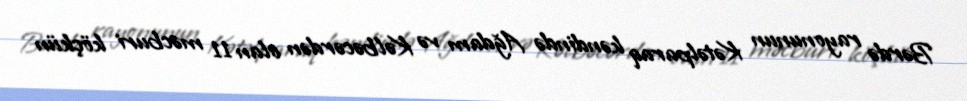
Bərdə rayonunun Kətəlparaq kəndində Ağdam və Kəlbəcərdən olan 11 məcburi köçkün